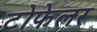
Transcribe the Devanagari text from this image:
टोफेलर